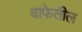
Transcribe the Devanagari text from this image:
वाफेतील